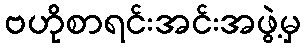
ဗဟိုစာရင်းအင်းအဖွဲ့မှ